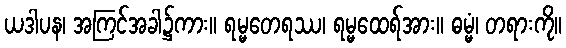
ယဒါပန၊ အကြင်အခါ၌ကား။ ရမ္မတေရဿ၊ ရမ္မထေရ်အား။ ဓမ္မံ၊ တရားကို။